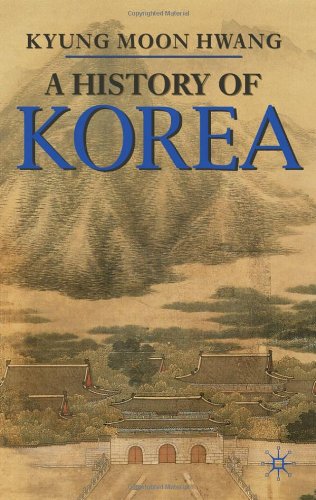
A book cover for A History of Korea (Palgrave Essential Histories Series); Kyung Hwang; History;